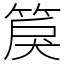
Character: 䈆